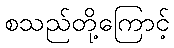
စသည်တို့ကြောင့်